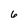
Character: 6